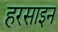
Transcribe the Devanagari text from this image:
हरसाइन